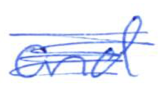
Text: and
Cross-out: scratch
Writing tool: ballpoint